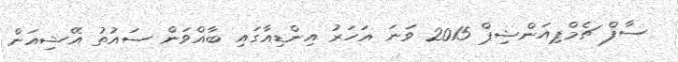
ސާފް ޗެމްޕިއަންޝިޕް 2015 ވަނަ އަހަރު އިންޑިއާގައި ބާއްވަން ސައުތު އޭޝިއަން